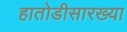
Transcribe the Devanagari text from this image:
हातोडीसारख्या